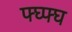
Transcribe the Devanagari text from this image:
फ्घ्फ्घ